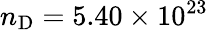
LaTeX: n_{\mathrm{D}}=5.40\times 10^{23}